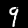
Digit: 9